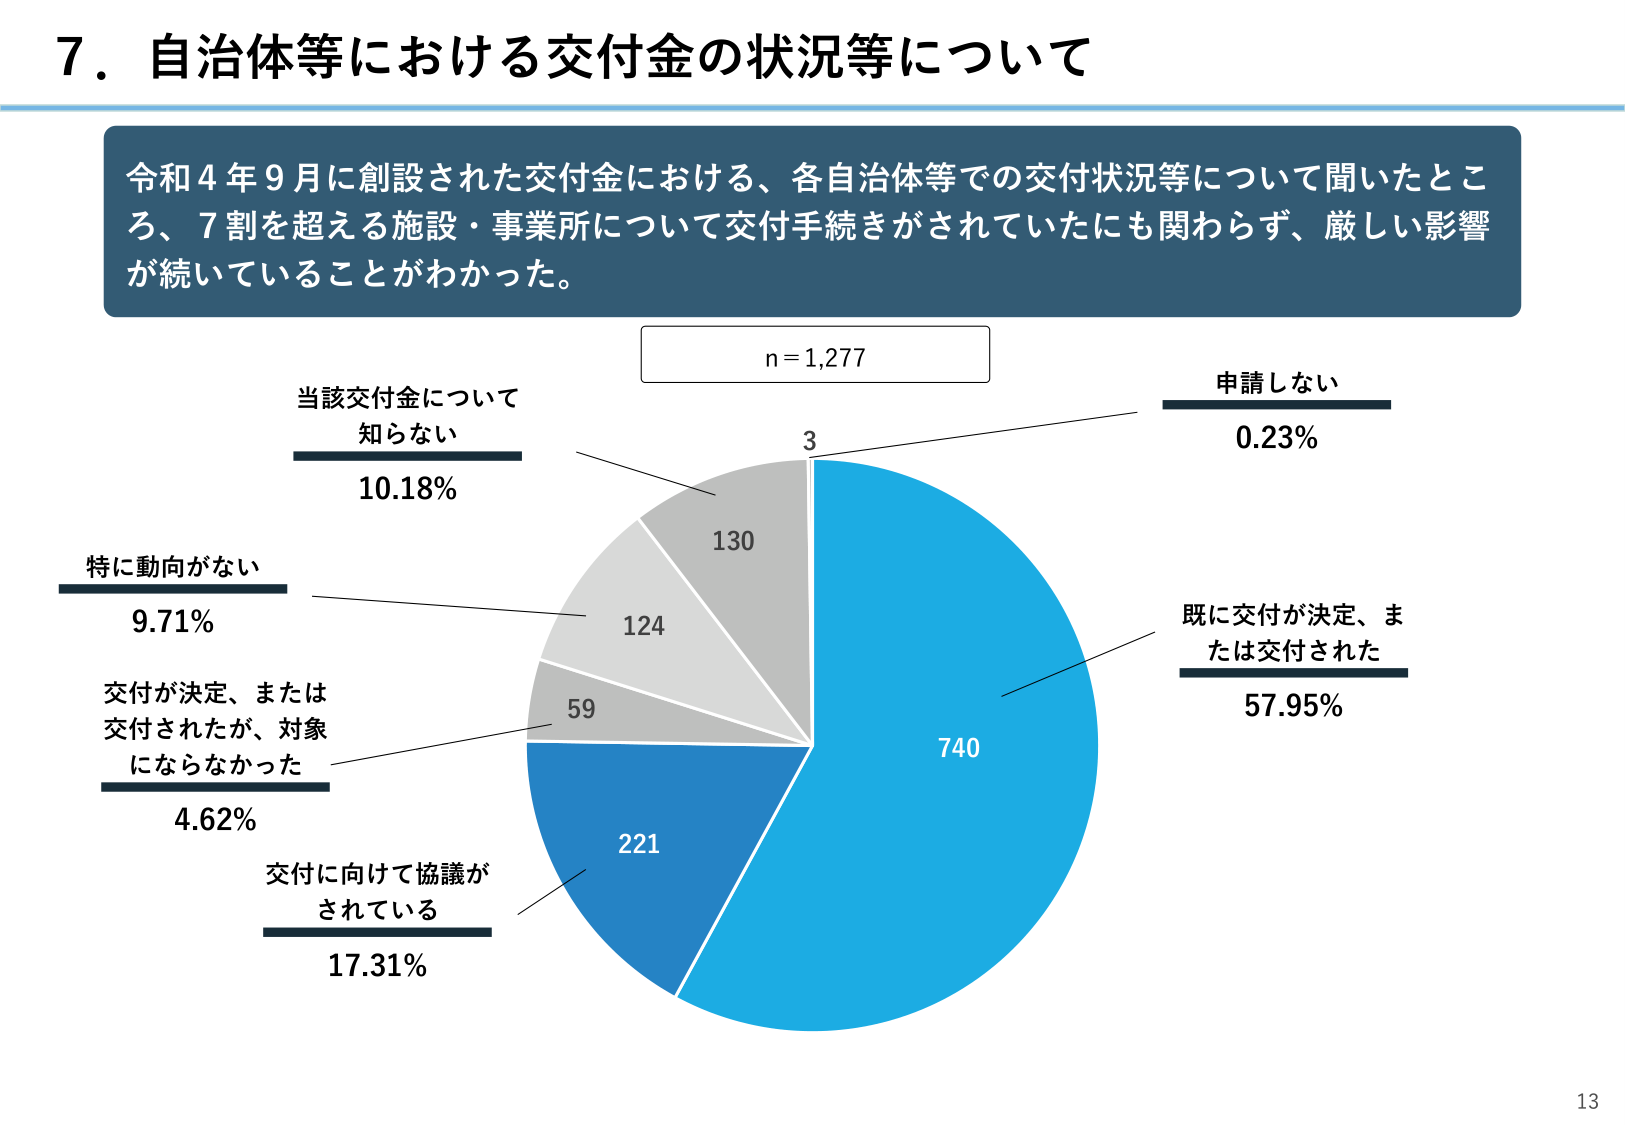
7．自治体等における交付金の状況等について

令和4年9月に創設された交付金における、各自治体等での交付状況等について聞いたところ、7割を超える施設・事業所について交付手続きがされていたにも関わらず、厳しい影響が続いていることがわかった。

n = 1,277

当該交付金について
知らない
10.18%
130

特に動向がない
9.71%
124

交付が決定、または
交付されたが、対象
にならなかった
4.62%
59

交付に向けて協議が
されている
17.31%
221

申請しない
0.23%
3

既に交付が決定、ま
たは交付された
57.95%
740

13